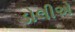
ડોલીએ